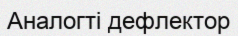
Аналогті дефлектор